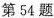
第54题